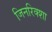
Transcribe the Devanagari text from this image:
जिनरिक्शा